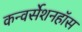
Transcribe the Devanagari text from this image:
कन्वर्सेशनहॉस